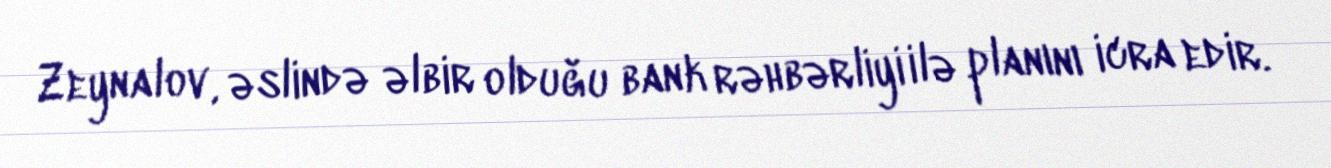
Zeynalov, əslində əlbir olduğu bank rəhbərliyi ilə planını icra edir.